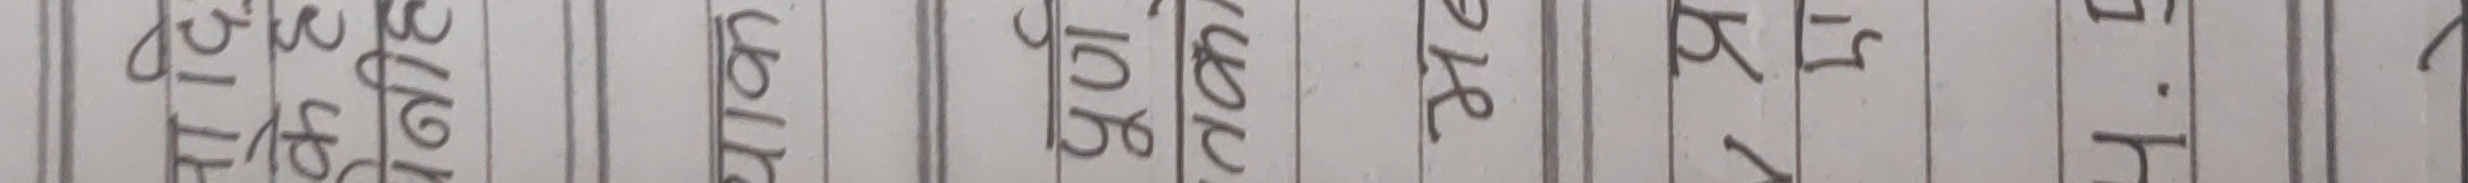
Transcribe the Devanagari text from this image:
स्टिफ एडेड उपटन ब्लेड प्रेट टाइम हेल